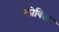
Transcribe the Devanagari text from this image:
लोवित्ज